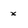
Character: x